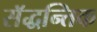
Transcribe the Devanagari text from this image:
सॅद्धन्तिक